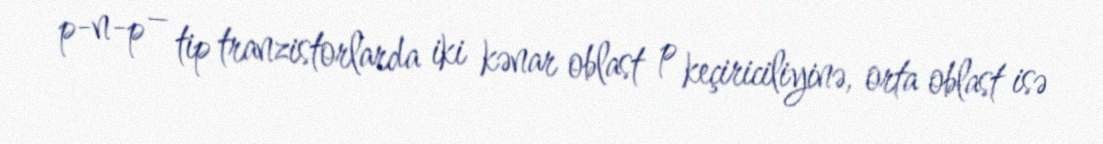
p-n-p – tip tranzistorlarda iki kənar oblast p keçiriciliyinə, orta oblast isə